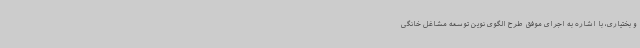
و بختیاری، با اشاره به اجرای موفق طرح الگوی نوین توسعه مشاغل خانگی